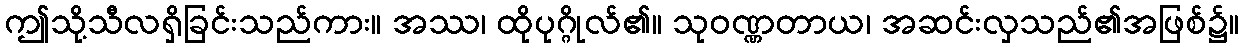
ဤသို့သီလရှိခြင်းသည်ကား။ အဿ၊ ထိုပုဂ္ဂိုလ်၏။ သုဝဏ္ဏတာယ၊ အဆင်းလှသည်၏အဖြစ်၌။